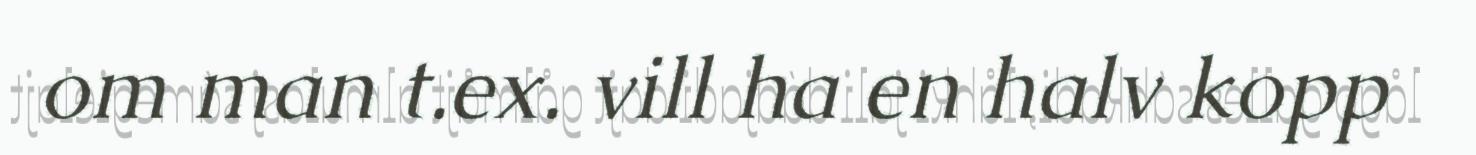
om man t.ex. vill ha en halv kopp